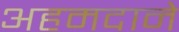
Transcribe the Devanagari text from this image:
अहमदाने